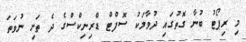
މި ރިޕޯޓު ބުނާ ގޮތުގައި ދުވާލަކު ސޮފްޓް ޑްރިނިކްސްގެ ދެ ތަށި ނުވަތަ